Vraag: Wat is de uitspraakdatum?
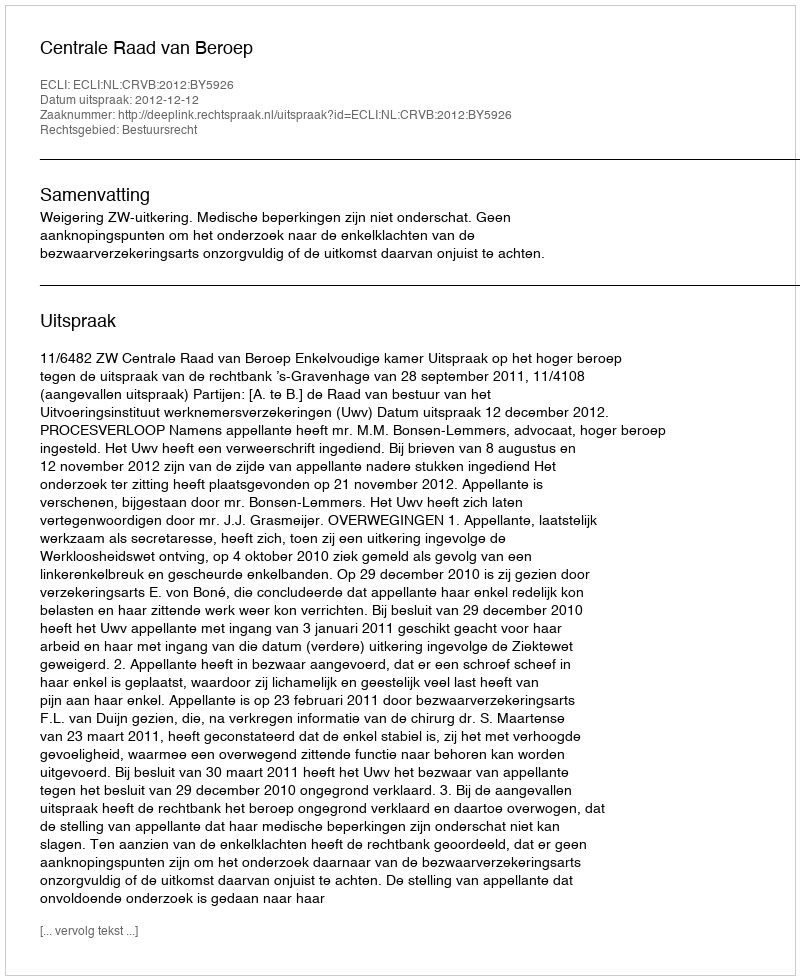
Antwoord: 2012-12-12